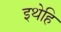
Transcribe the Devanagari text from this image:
इथेहि